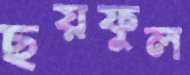
ছয়ফুল